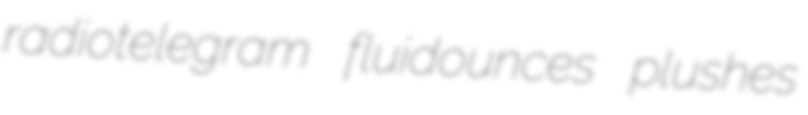
radiotelegram fluidounces plushes